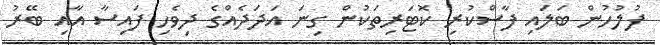
ފުލުހުން ބަލައި ފާސްކުރި ކޮޓަރިތަކުން ގިނަ އަދަދެއްގެ ދިވެހި ފައިސާ އާއި ބޭރު